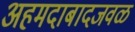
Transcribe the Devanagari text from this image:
अहमदाबादजवळ